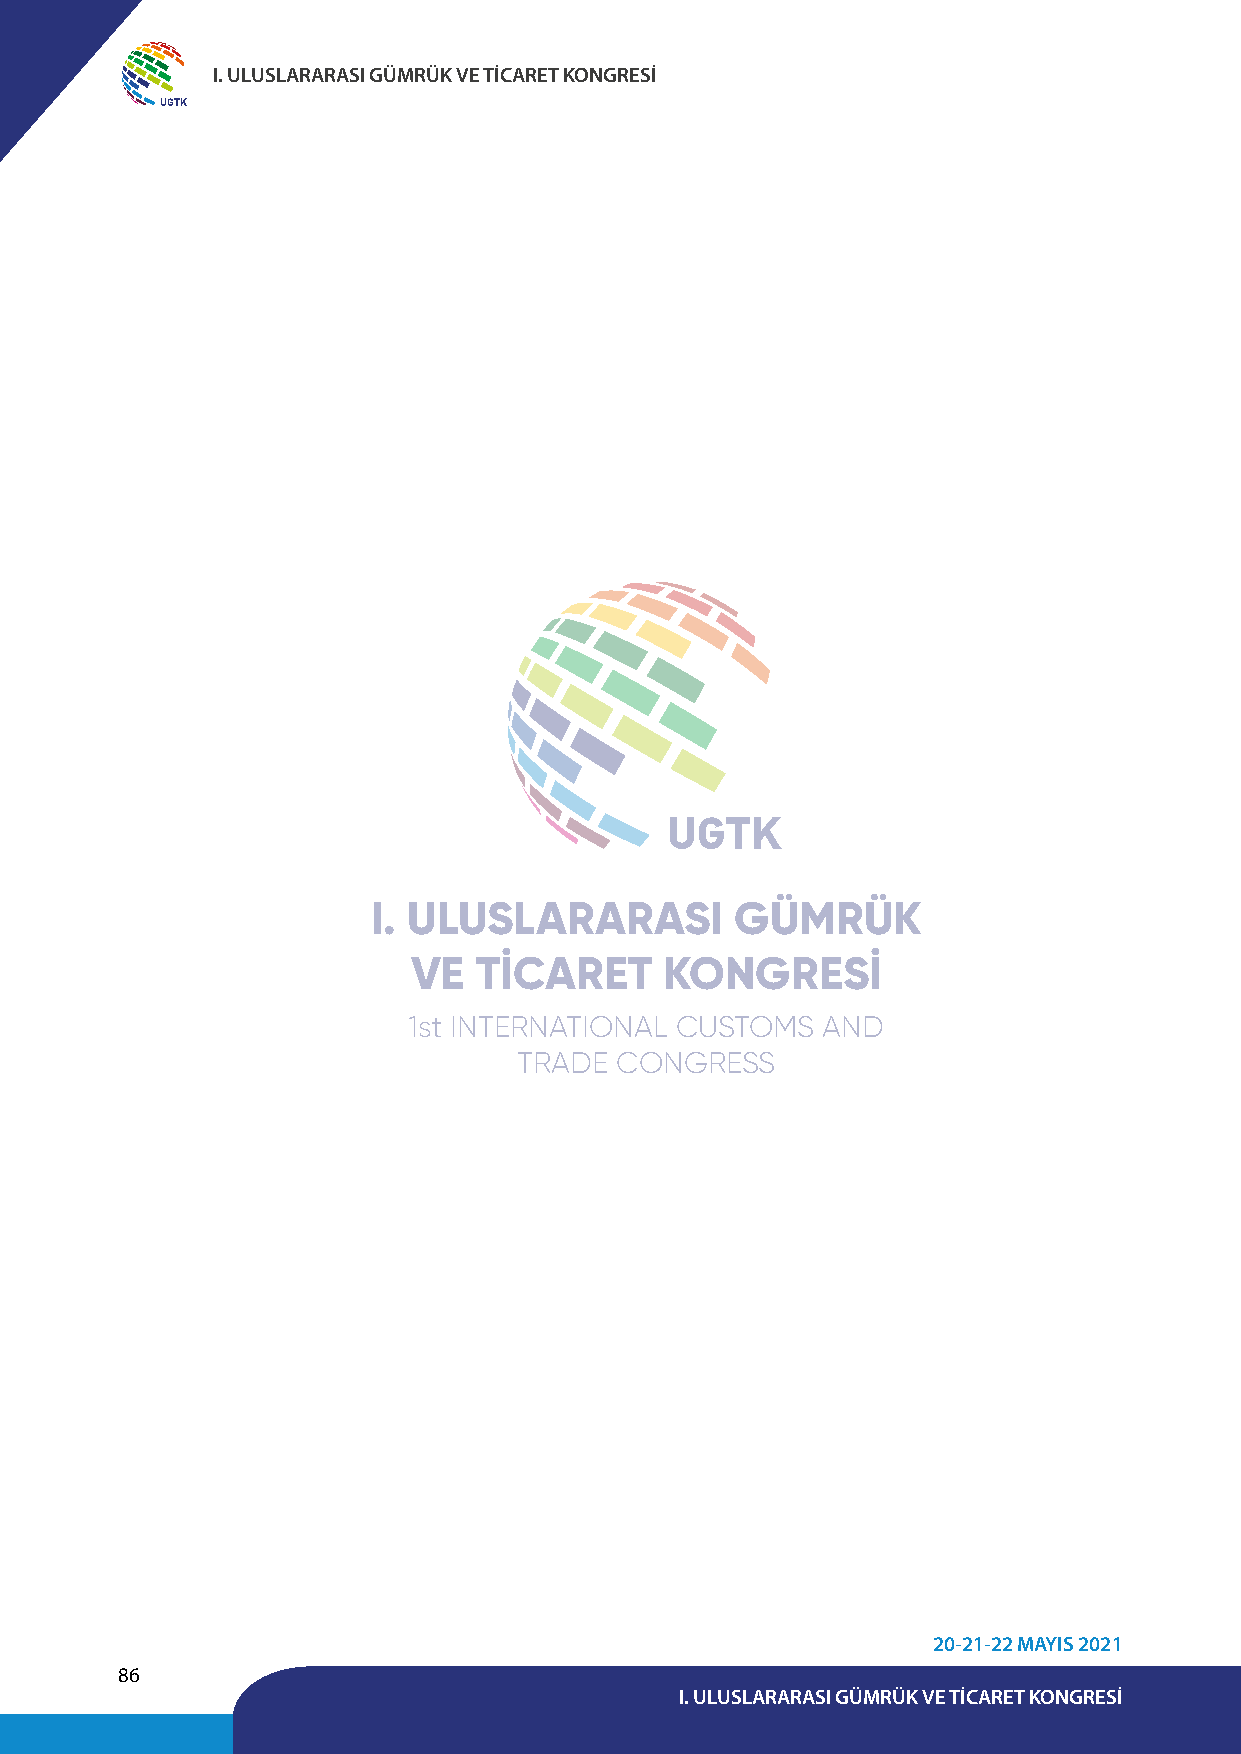
I. ULUSLARARASI GÜMRÜK VE TİCARET KONGRESİ
 UGTK
 UGTK
 I. ULUSLARARASI         GÜMRÜK
 VE  TİCARET      KONGRESİ
 1st INTERNATIONAL CUSTOMS  AND
 TRADE  CONGRESS
 20-21-22 MAYIS 2021
 86
 I. ULUSLARARASI GÜMRÜK VE TİCARET KONGRESİ